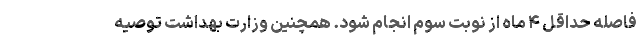
فاصله حداقل ۴ ماه از نوبت سوم انجام شود. همچنین وزارت بهداشت توصیه